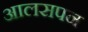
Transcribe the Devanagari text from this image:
आलसपन